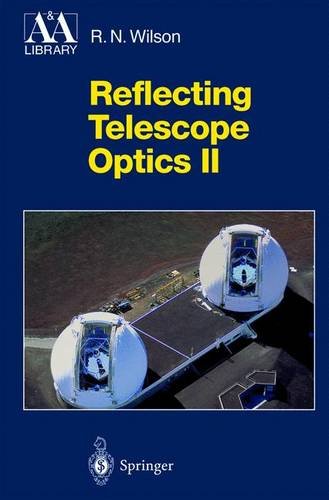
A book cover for Reflecting Telescope Optics II: Manufacture, Testing, Alignment, Modern Techniques (Astronomy and Astrophysics Library); Raymond N. Wilson; Science & Math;